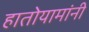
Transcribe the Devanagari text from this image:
हातोयामांनी